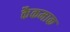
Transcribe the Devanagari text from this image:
कैकमाक